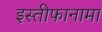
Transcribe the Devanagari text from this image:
इस्तीफानामा